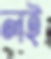
লই